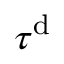
\tau ^ { \mathrm { d } }